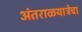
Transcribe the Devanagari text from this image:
अंतराळयात्रेचा